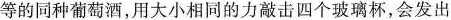
等的同种葡萄酒，用大小相同的力敲击四个玻璃杯，会发出